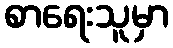
စာရေးသူမှာ